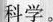
科学。